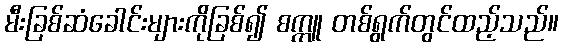
မီးခြစ်ဆံခေါင်းများကိုခြစ်၍ စက္ကူ တစ်ရွက်တွင်ထည့်သည်။